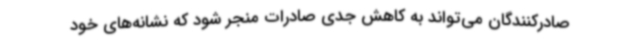
صادرکنندگان می‌تواند به کاهش جدی صادرات منجر شود که نشانه‌های خود